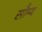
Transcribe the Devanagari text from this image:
सौम्‍य